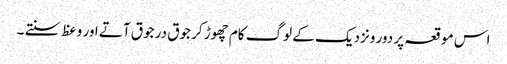
اس موقعہ پر دور ونزدیک کے لوگ کام چھوڑ کر جوق در جوق آتے اور وعظ سنتے ۔